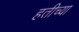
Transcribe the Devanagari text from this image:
हतीच्या